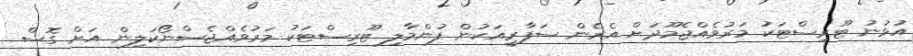
އުޅުނު ޓޫރިސްޓަކު މަރުވެއްޖެމޫދަށް އެރެން ސަފާރީއަކުން ފުންމާލި ޓޫރިސްޓަކު މަރުވެއްޖެސްނޯކަލިން އަށް ގޮސް